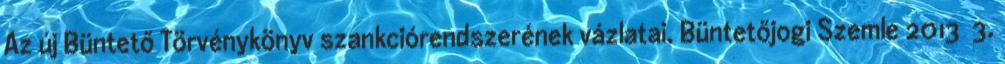
Az új Büntető Törvénykönyv szankciórendszerének vázlatai. Büntetőjogi Szemle 2013 3.